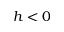
h < 0